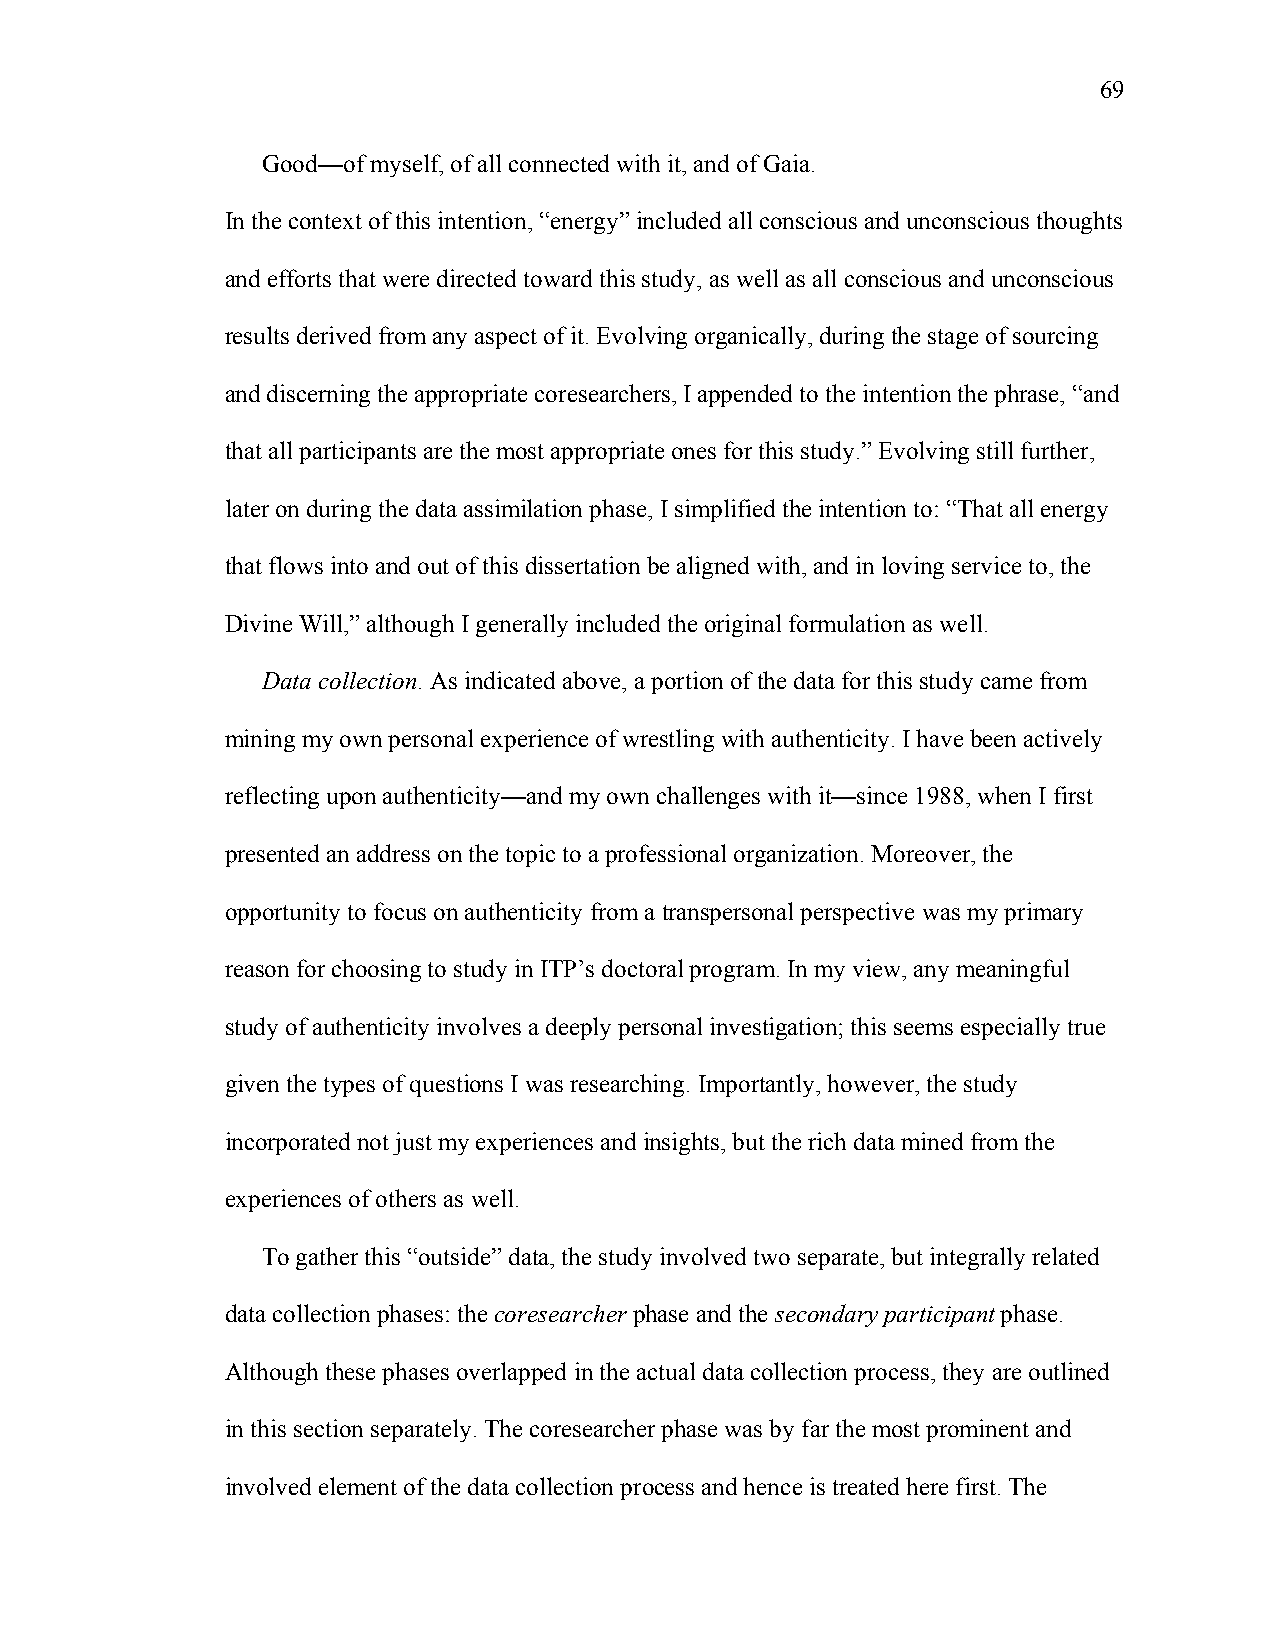
69
 Good—of myself, of all connected with it, and of Gaia.
 In the context of this intention, “energy” included all conscious and unconscious thoughts
 and efforts that were directed toward this study, as well as all conscious and unconscious
 results derived from any aspect of it. Evolving organically, during the stage of sourcing
 and discerning the appropriate coresearchers, I appended to the intention the phrase, “and
 that all participants are the most appropriate ones for this study.” Evolving still further,
 later on during the data assimilation phase, I simplified the intention to: “That all energy
 that flows into and out of this dissertation be aligned with, and in loving service to, the
 Divine Will,” although I generally included the original formulation as well.
 Data collection. As indicated above, a portion of the data for this study came from
 mining my own personal experience of wrestling with authenticity. I have been actively
 reflecting upon authenticity—and my own challenges with it—since 1988, when I first
 presented an address on the topic to a professional organization. Moreover, the
 opportunity to focus on authenticity from a transpersonal perspective was my primary
 reason for choosing to study in ITP’s doctoral program. In my view, any meaningful
 study of authenticity involves a deeply personal investigation; this seems especially true
 given the types of questions I was researching. Importantly, however, the study
 incorporated not just my experiences and insights, but the rich data mined from the
 experiences of others as well.
 To gather this “outside” data, the study involved two separate, but integrally related
 data collection phases: the coresearcher phase and the secondary participant phase.
 Although these phases overlapped in the actual data collection process, they are outlined
 in this section separately. The coresearcher phase was by far the most prominent and
 involved element of the data collection process and hence is treated here first. The